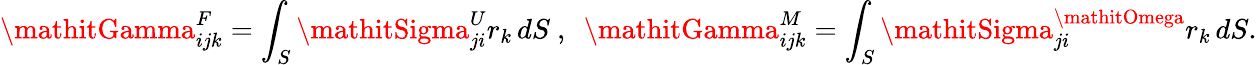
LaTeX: \mathitGamma_{ijk}^{F}=\int_{S}\mathitSigma_{ji}^{U}r_{k}\, dS~,~~\mathitGamma_{ijk}^{M}=\int_{S}\mathitSigma_{ji}^{\mathitOmega}r_{k}\, dS.